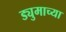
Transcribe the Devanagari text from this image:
ड्युमाच्या